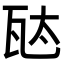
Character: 𬎦